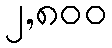
၂,၈၀၀